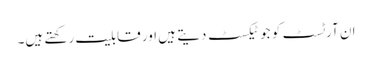
ان آرٹسٹ کو جو ٹیکسٹ دیتے ہیں اور قابلیت رکھتے ہیں۔